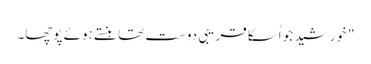
" خورشید جو اُسکا قریبی دوست تھا ہنستے ہوئے پوچھا۔